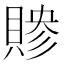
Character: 𬥜